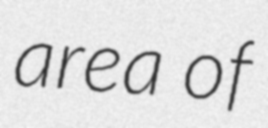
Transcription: area of